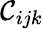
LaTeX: \mathcal{C}_{ijk}